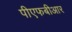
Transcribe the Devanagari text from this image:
पीएफबीआर